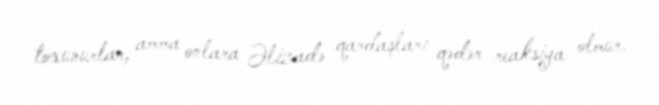
toxunurlar, amma onlara Əlizadə qardaşları qədər reaksiya olmur.